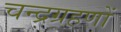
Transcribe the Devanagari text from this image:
चन्द्रग्रहणों